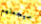
سيجعلهم